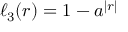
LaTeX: \ell _ { 3 } ( r ) = 1 - a ^ { | r | }